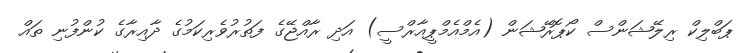
ޕަބްލިކް ރިލޭޝަންސް ކޯޕޮރޭޝަން (އެމްއެމްޕީއާރްސީ) އަދި ރާއްޖޭގެ ފަތުރުވެރިކަމުގެ ދާއިރާގެ ކުންފުނި ތައް